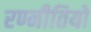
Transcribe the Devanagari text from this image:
रण्नीतियों